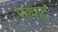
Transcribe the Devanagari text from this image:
फाफट